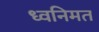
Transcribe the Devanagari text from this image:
ध्वनिमत